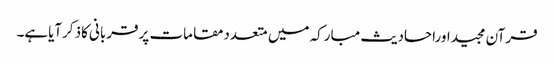
قرآن مجیداوراحادیث مبارکہ میں متعددمقامات پرقربانی کاذکرآیاہے۔